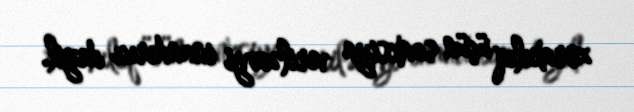
zorakılıq üçün sanksiya veriləcəyi inandırıcı deyil.